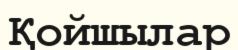
Қойшылар